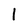
Character: 1